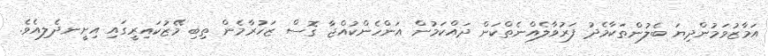
އަމާޒުވަމުންދިޔަ ބެލުންތަކާމެދު ފަރުވާލެއްނެތްކަން ދައްކަމުން އަންހެންކުއްޖާ ގޮސް ޒަހުރާމެން ތިބި މޭޒުކައިރީގައި އިށީނދެލިއެވެ.